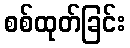
စစ်ထုတ်ခြင်း